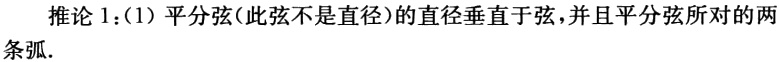
推论 1：(1) 平分弦(此弦不是直径)的直径垂直于弦，并且平分弦所对的两条弧.